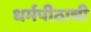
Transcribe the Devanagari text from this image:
धर्मपीठाची